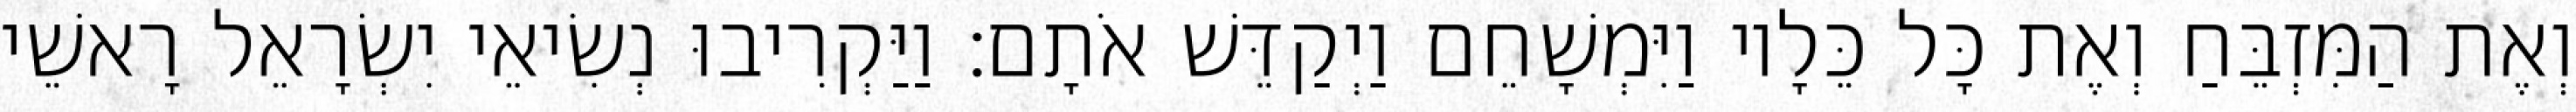
וְאֶת הַמִּזְבֵּחַ וְאֶת כָּל כֵּלָיו וַיִּמְשָׁחֵם וַיְקַדֵּשׁ אֹתָם׃ וַיַּקְרִיבוּ נְשִׂיאֵי יִשְׂרָאֵל רָאשֵׁי